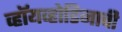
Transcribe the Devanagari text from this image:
व्हॉयव्होडिनाची